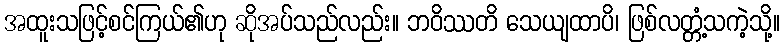
အထူးသဖြင့်စင်ကြယ်၏ဟု ဆိုအပ်သည်လည်း။ ဘဝိဿတိ သေယျထာပိ၊ ဖြစ်လတ္တံ့သကဲ့သို့။